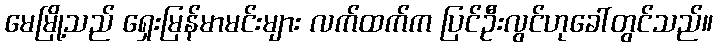
မေမြို့သည် ရှေးမြန်မာမင်းများ လက်ထက်က ပြင်ဦးလွင်ဟုခေါ်တွင်သည်။